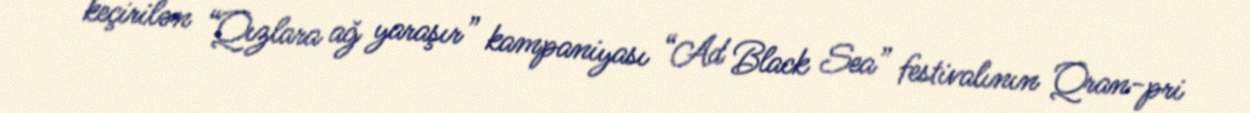
keçirilən “Qızlara ağ yaraşır” kampaniyası “Ad Black Sea” festivalının Qran-pri